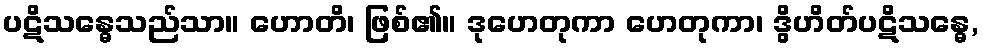
ပဋိသန္ဓေသည်သာ။ ဟောတိ၊ ဖြစ်၏။ ဒုဟေတုကာ ဟေတုကာ၊ ဒွိဟိတ်ပဋိသန္ဓေ,